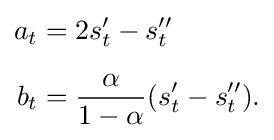
{\begin{aligned}a_{t}&=2s'_{t}-s''_{t}\\[5pt]b_{t}&={\frac {\alpha }{1-\alpha }}(s'_{t}-s''_{t}).\end{aligned}}